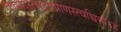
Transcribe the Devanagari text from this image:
तावकस्त्वद्गतप्राणस्त्वच्चित्तोऽहं